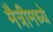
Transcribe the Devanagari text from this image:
मैत्रीमध्ये